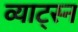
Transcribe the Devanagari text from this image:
व्याट्स्न